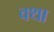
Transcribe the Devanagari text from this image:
वथा